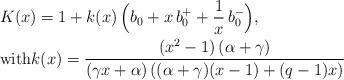
LaTeX: \begin{align*} & K(x) = 1 + k(x)\,\Big(b_0 + x \,b_0^+ + \frac1x \,b_0^-\Big),\\ & \mbox{with}k(x) = \frac{\left(x^2 - 1\right) \left(\alpha + \gamma\right)} {\left(\gamma x + \alpha\right)\left((\alpha + \gamma)(x - 1) + (q - 1)x \right)}\,\end{align*}